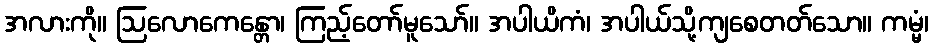
အလားကို။ ဩလောကေန္တော၊ ကြည့်တော်မူသော်။ အပါယိကံ၊ အပါယ်သို့ကျစေတတ်သော။ ကမ္မံ၊